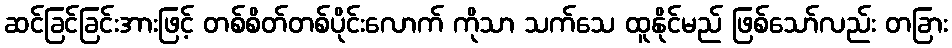
ဆင်ခြင်ခြင်းအားဖြင့် တစ်စိတ်တစ်ပိုင်းလောက် ကိုသာ သက်သေ ထူနိုင်မည် ဖြစ်သော်လည်း တခြား